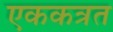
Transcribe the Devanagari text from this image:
एककत्रत